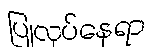
ပြုလုပ်နေရာ